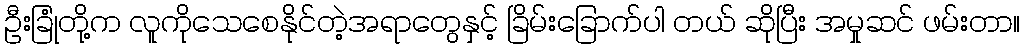
ဦးခြုံတို့က လူကိုသေစေနိုင်တဲ့အရာတွေနှင့် ခြိမ်းခြောက်ပါ တယ် ဆိုပြီး အမှုဆင် ဖမ်းတာ။